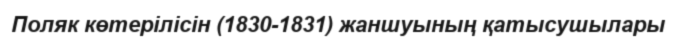
Поляк көтерілісін (1830-1831) жаншуының қатысушылары